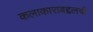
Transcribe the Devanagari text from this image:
कलाकाराबद्दलची